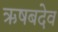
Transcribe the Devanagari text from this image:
ऋषबदेव